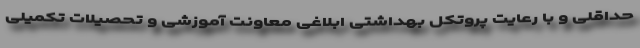
حداقلی و با رعایت پروتکل بهداشتی ابلاغی معاونت آموزشی و تحصیلات تکمیلی